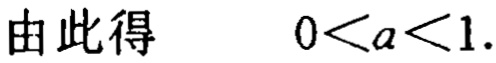
由此得 \(0 < a < 1\).